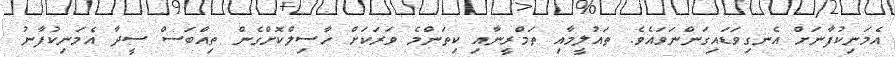
އެމަނިކުފާނަށް އެނގިވަޑައިގަންނަވައެވެ. ތައުލީމާއި ތަމްރީނާއި ކިތަންމެ ވަރަކަށް ހާސިލްކޮށްގެން ތިއްބަސް ސީދާ އެމަނިކުފާނު